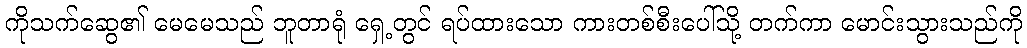
ကိုသက်ဆွေ၏ မေမေသည် ဘူတာရုံ ရှေ့တွင် ရပ်ထားသော ကားတစ်စီးပေါ်သို့ တက်ကာ မောင်းသွားသည်ကို